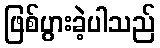
ဖြစ်ပွားခဲ့ပါသည်